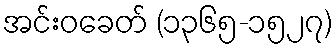
အင်းဝခေတ် (၁၃၆၅-၁၅၂၇)